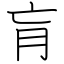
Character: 肓